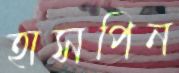
হাসপিন